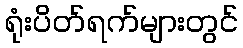
ရုံးပိတ်ရက်များတွင်